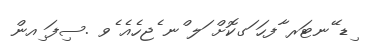
ިޑ ޭނޓަރ ާފހަ ަގކޮށް ަލ ްނ ެޖހެއެ ެވ .ސިފަ ިއން